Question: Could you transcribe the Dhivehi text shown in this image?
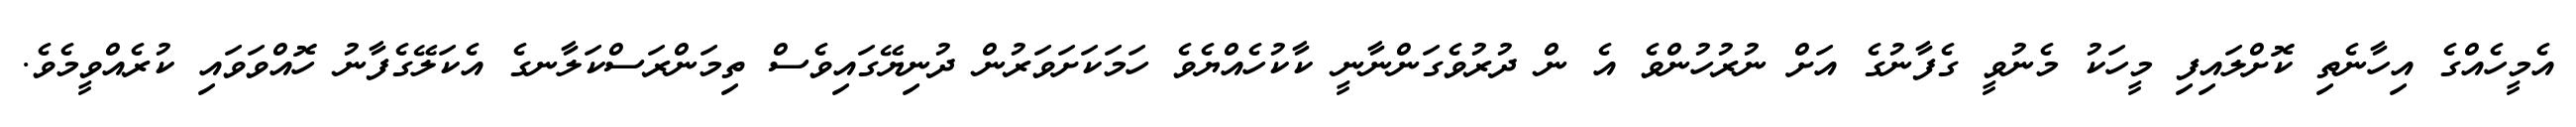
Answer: އެމީހެއްގެ އިހާނެތި ކޮށްލައިފި މީހަކު މެނުވީ ގެފާނުގެ އަށް ނުރުހުންވެ އެ ން ދުރުވެގަންނާނީ ކާކުހެއްޔެވެ ހަމަކަށަވަރުން ދުނިޔޭގައިވެސް ތިމަންރަސްކަލާނގެ އެކަލޭގެފާނު ހޮއްވަވައި ކުރެއްވީމެވެ.